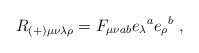
\begin{align*}R_{(+)\mu\nu\lambda\rho}=F_{\mu\nu ab}e_{\lambda}{}^{a}e_{\rho}{}^{b}\ , \end{align*}